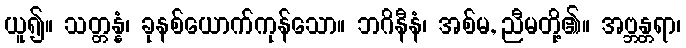
ယူ၍။ သတ္တန္နံ၊ ခုနစ်ယောက်ကုန်သော။ ဘဂိနီနံ၊ အစ်မ, ညီမတို့၏။ အဗ္ဘန္တရာ၊